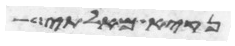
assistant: נקיא מאלתי